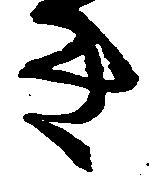
き